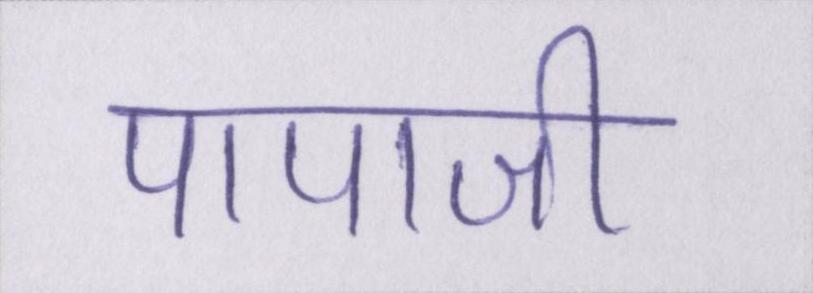
पापाजी